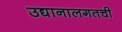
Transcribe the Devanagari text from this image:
उद्यानालगतची